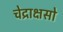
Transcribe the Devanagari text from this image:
चेद्राक्षसो